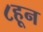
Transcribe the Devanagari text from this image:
८हून